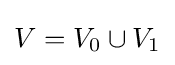
V=V_{0}\cup V_{1}